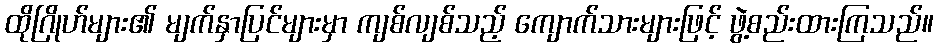
ထိုဂြိုဟ်များ၏ မျက်နှာပြင်များမှာ ကျစ်လျစ်သည့် ကျောက်သားများဖြင့် ဖွဲ့စည်းထားကြသည်။